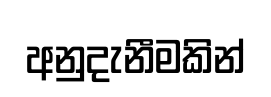
අනුදැනීමකින්